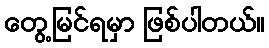
တွေ့မြင်ရမှာ ဖြစ်ပါတယ်။